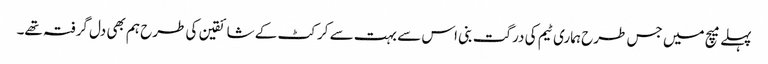
پہلے میچ میں جس طرح ہماری ٹیم کی درگت بنی اس سے بہت سے کرکٹ کے شائقین کی طرح ہم بھی دل گرفتہ تھے۔